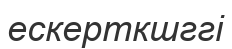
ескерткшггі